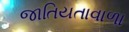
જાતિયતાવાળા